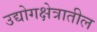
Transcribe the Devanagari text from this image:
उद्योगक्षेत्रातील